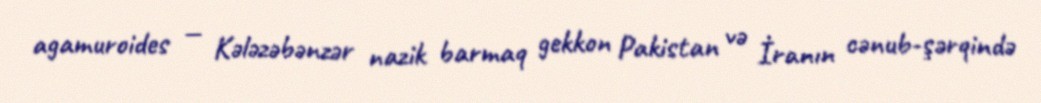
agamuroides — Kələzəbənzər nazik barmaq gekkon Pakistan və İranın cənub-şərqində